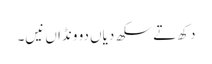
دکھ تے سکھ دیاں دو ونڈاں نیں۔